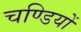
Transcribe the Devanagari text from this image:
चण्डियों